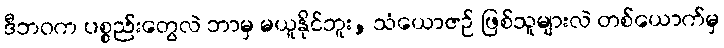
ဒီဘဝက ပစ္စည်းတွေလဲ ဘာမှ မယူနိုင်ဘူး, သံယောဇဉ် ဖြစ်သူများလဲ တစ်ယောက်မှ